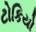
ટોકિયો